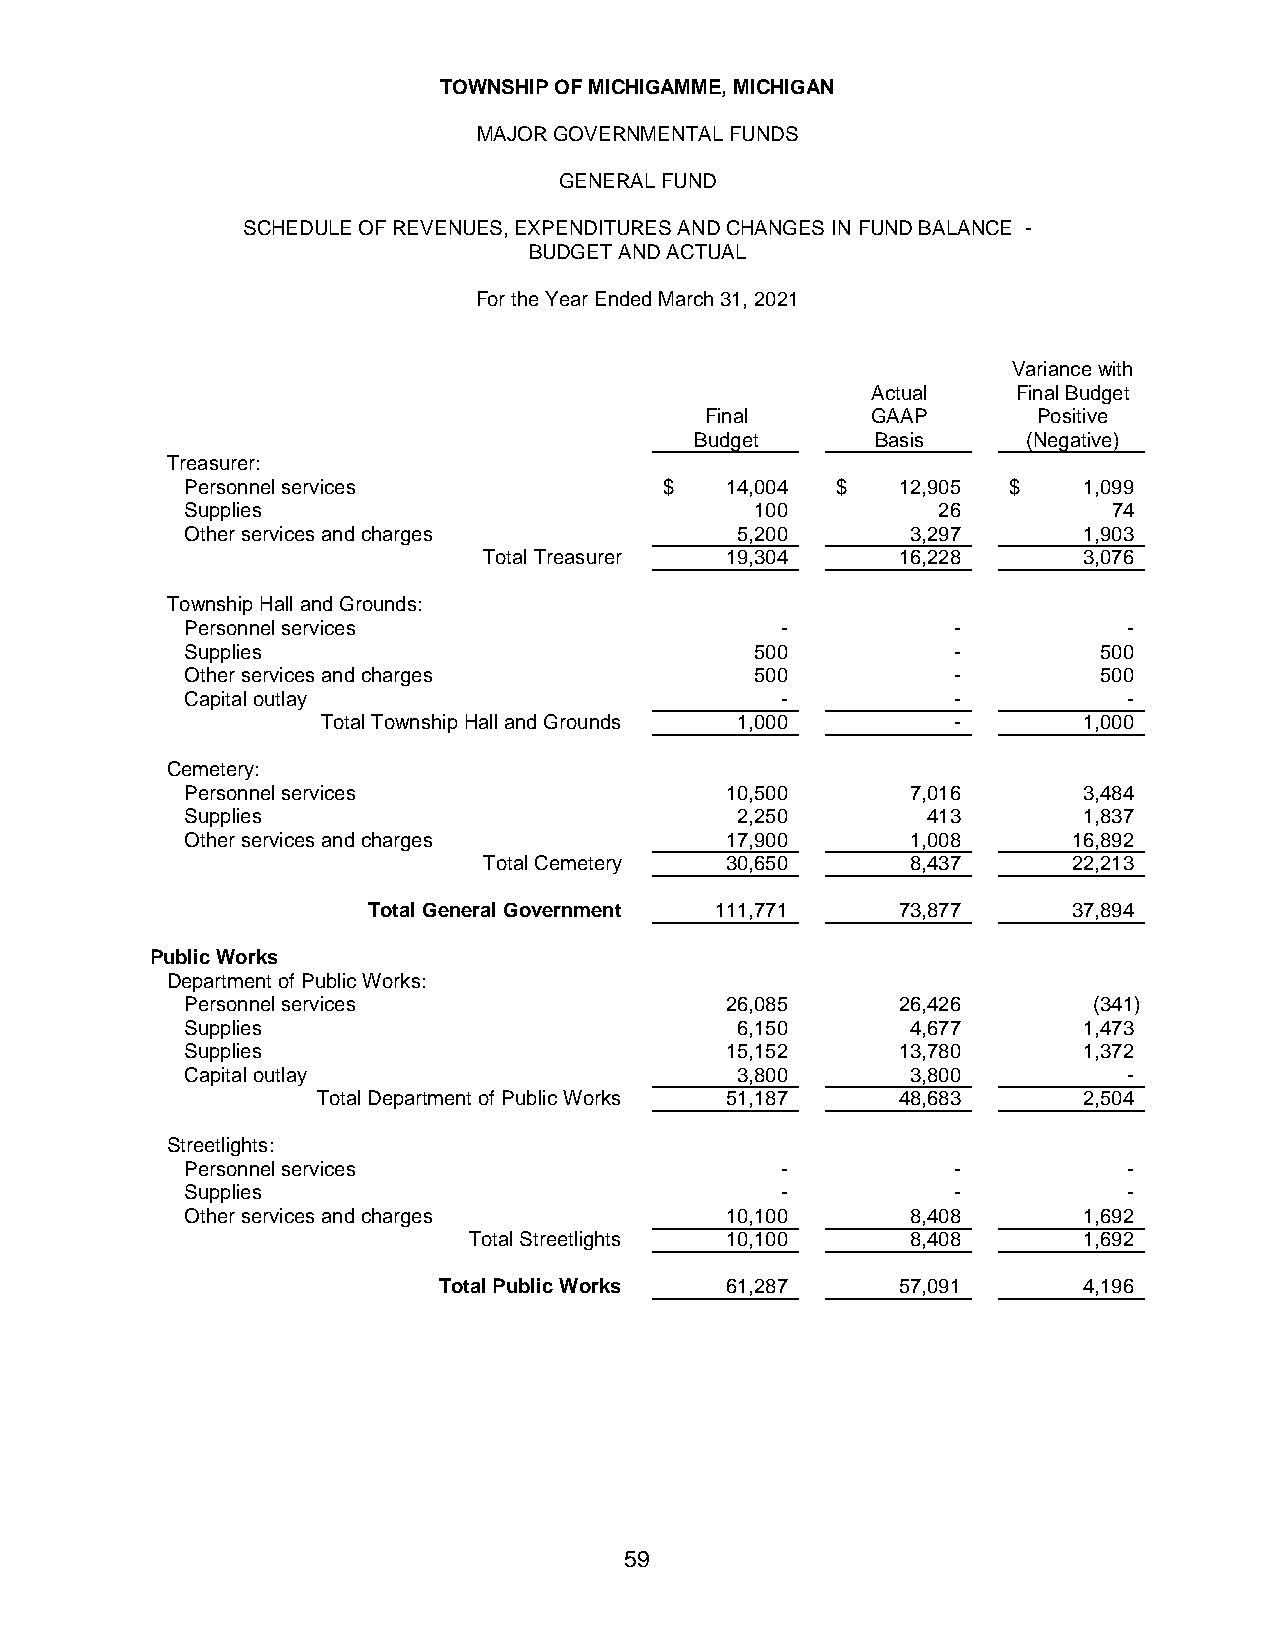
TOWNSHIP OF MICHIGAMME, MICHIGAN
 MAJOR GOVERNMENTAL FUNDS
 GENERAL FUND
 SCHEDULE OF REVENUES, EXPENDITURES AND CHANGES IN FUND BALANCE -
 BUDGET AND ACTUAL
 For the Year Ended March 31, 2021
 Variance with
 Actual   Final Budget
 Final      GAAP       Positive
 Budget      Basis     (Negative)
 Treasurer:
 Personnel services              $   1 4,004 $   1 2,905 $   1 ,099
 Supplies                              100         26          74
 Other services and charges           5,200      3,297       1,903
 Total Treasurer 1 9,304     1 6,228     3,076
 Township Hall and Grounds:
 Personnel services                      -          -           -
 Supplies                              500          -         500
 Other services and charges            500          -         500
 Capital outlay                          -          -           -
 Total Township Hall and Grounds 1,000     -        1,000
 Cemetery:
 Personnel services                  1 0,500     7,016       3,484
 Supplies                             2,250       413        1,837
 Other services and charges          1 7,900     1,008      1 6,892
 Total Cemetery  3 0,650     8,437      2 2,213
 Total General Government 1 11,771   7 3,877    3 7,894
 Public Works
 Department of Public Works:
 Personnel services                  2 6,085     2 6,426     (341)
 Supplies                             6,150      4,677       1,473
 Supplies                            1 5,152     1 3,780     1,372
 Capital outlay                       3,800      3,800          -
 Total Department of Public Works 5 1,187 4 8,683   2,504
 Streetlights:
 Personnel services                      -          -           -
 Supplies                                -          -           -
 Other services and charges          1 0,100     8,408       1,692
 Total Streetlights 1 0,100   8,408       1,692
 Total Public Works 6 1,287     5 7,091     4,196
 59